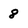
Character: 8